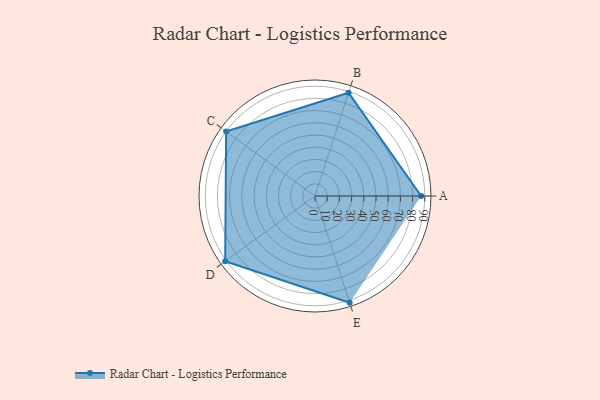
{"axis": {"x": "Skill", "y": "Score"}, "legend": ["Profile"], "data": [{"x": "A", "y": 87.0, "type": "Profile"}, {"x": "B", "y": 89.0, "type": "Profile"}, {"x": "C", "y": 90.0, "type": "Profile"}, {"x": "D", "y": 91.0, "type": "Profile"}, {"x": "E", "y": 92.0, "type": "Profile"}]}